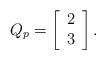
LaTeX: \begin{align*}Q_p=\left[\begin{array}{c}2\\3\end{array}\right].\end{align*}